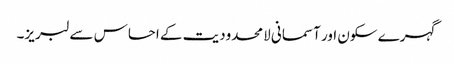
گہرے سکون اور آسمانی لامحدودیت کے احساس سے لبریز۔